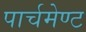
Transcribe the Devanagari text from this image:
पार्चमेण्ट